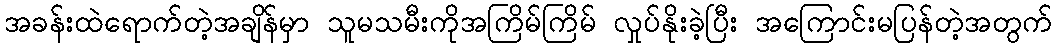
အခန်းထဲရောက်တဲ့အချိန်မှာ သူမသမီးကိုအကြိမ်ကြိမ် လှုပ်နိုးခဲ့ပြီး အကြောင်းမပြန်တဲ့အတွက်